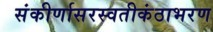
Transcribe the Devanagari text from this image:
संकीर्णासरस्वतीकंठाभरण